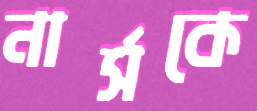
নার্সকে